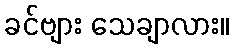
ခင်ဗျား သေချာလား။